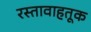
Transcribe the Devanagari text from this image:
रस्तावाहतूक